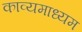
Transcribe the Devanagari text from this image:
काव्यमाध्यम